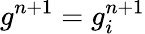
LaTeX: g^{n+1}=g_{i}^{n+1}